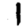
Digit: 1